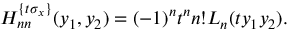
H _ { n n } ^ { \{ t \sigma _ { x } \} } ( y _ { 1 } , y _ { 2 } ) = ( - 1 ) ^ { n } t ^ { n } n ! L _ { n } ( t y _ { 1 } y _ { 2 } ) .